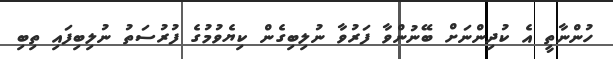
ހުންނާތީ އެ ކުދިންނަށް ބޭނުންވާ ފަރުވާ ނުލިބިގެން ކިޔެވުމުގެ ފުރުސަތު ނުލިބިފައި ތިބި